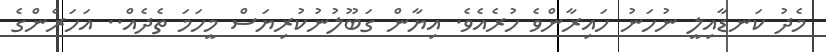
މެދު ކަނޑާއިލީ ނުހަނު ހައިރާންވެ ހުރެއެވެ. އިޔާން ގަބޫލުނުކުރިޔަސް މީހަމަ ތެދެއް.. އަހަރެންގެ